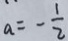
a = - \frac { 1 } { 2 }